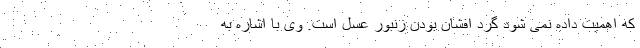
که اهمیت داده نمی شود گرد افشان بودن زنبور عسل است. وی با اشاره به